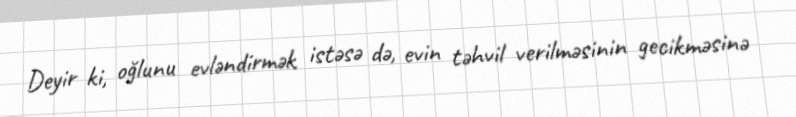
Deyir ki, oğlunu evləndirmək istəsə də, evin təhvil verilməsinin gecikməsinə